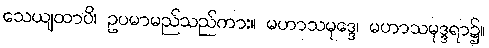
သေယျထာပိ၊ ဥပမာမည်သည်ကား။ မဟာသမုဒ္ဒေ၊ မဟာသမုဒ္ဒရာ၌။